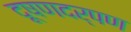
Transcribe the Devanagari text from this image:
दूषणदर्पण